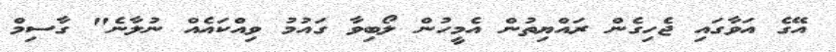
އޭގެ އަވާގައި ޖެހިގެން ރައްޔިތުން އެމީހުން ލޯބިވާ ގައުމު ވިއްކައެއް ނުލާނެ" ގާސިމް